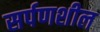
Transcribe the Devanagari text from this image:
सर्पणशील